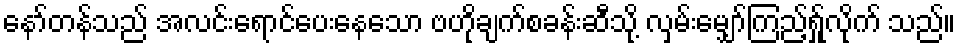
နော်တန်သည် အလင်းရောင်ပေးနေသော ဗဟိုချက်စခန်းဆီသို့ လှမ်းမျှော်ကြည့်ရ်ှုလိုက် သည်။